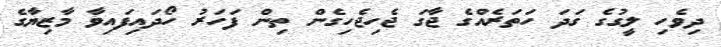
ދިވެހި ލީގުގެ ގަދަ ހަތަރެއްގެ ޖާގަ ޖެހިޖެހިގެން ތިން ފަހަރު ހޯދައިފައިވާ މާޒިޔާގެ